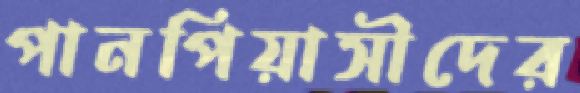
পানপিয়াসীদের